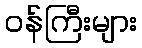
ဝန်ကြီးများ